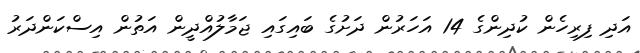
އަދި ފިރިހެން ކުދިންގެ 14 އަހަރުން ދަށުގެ ބައިގައި ޖަމާލުއްދީން އަތުން އިސްކަންދަރު